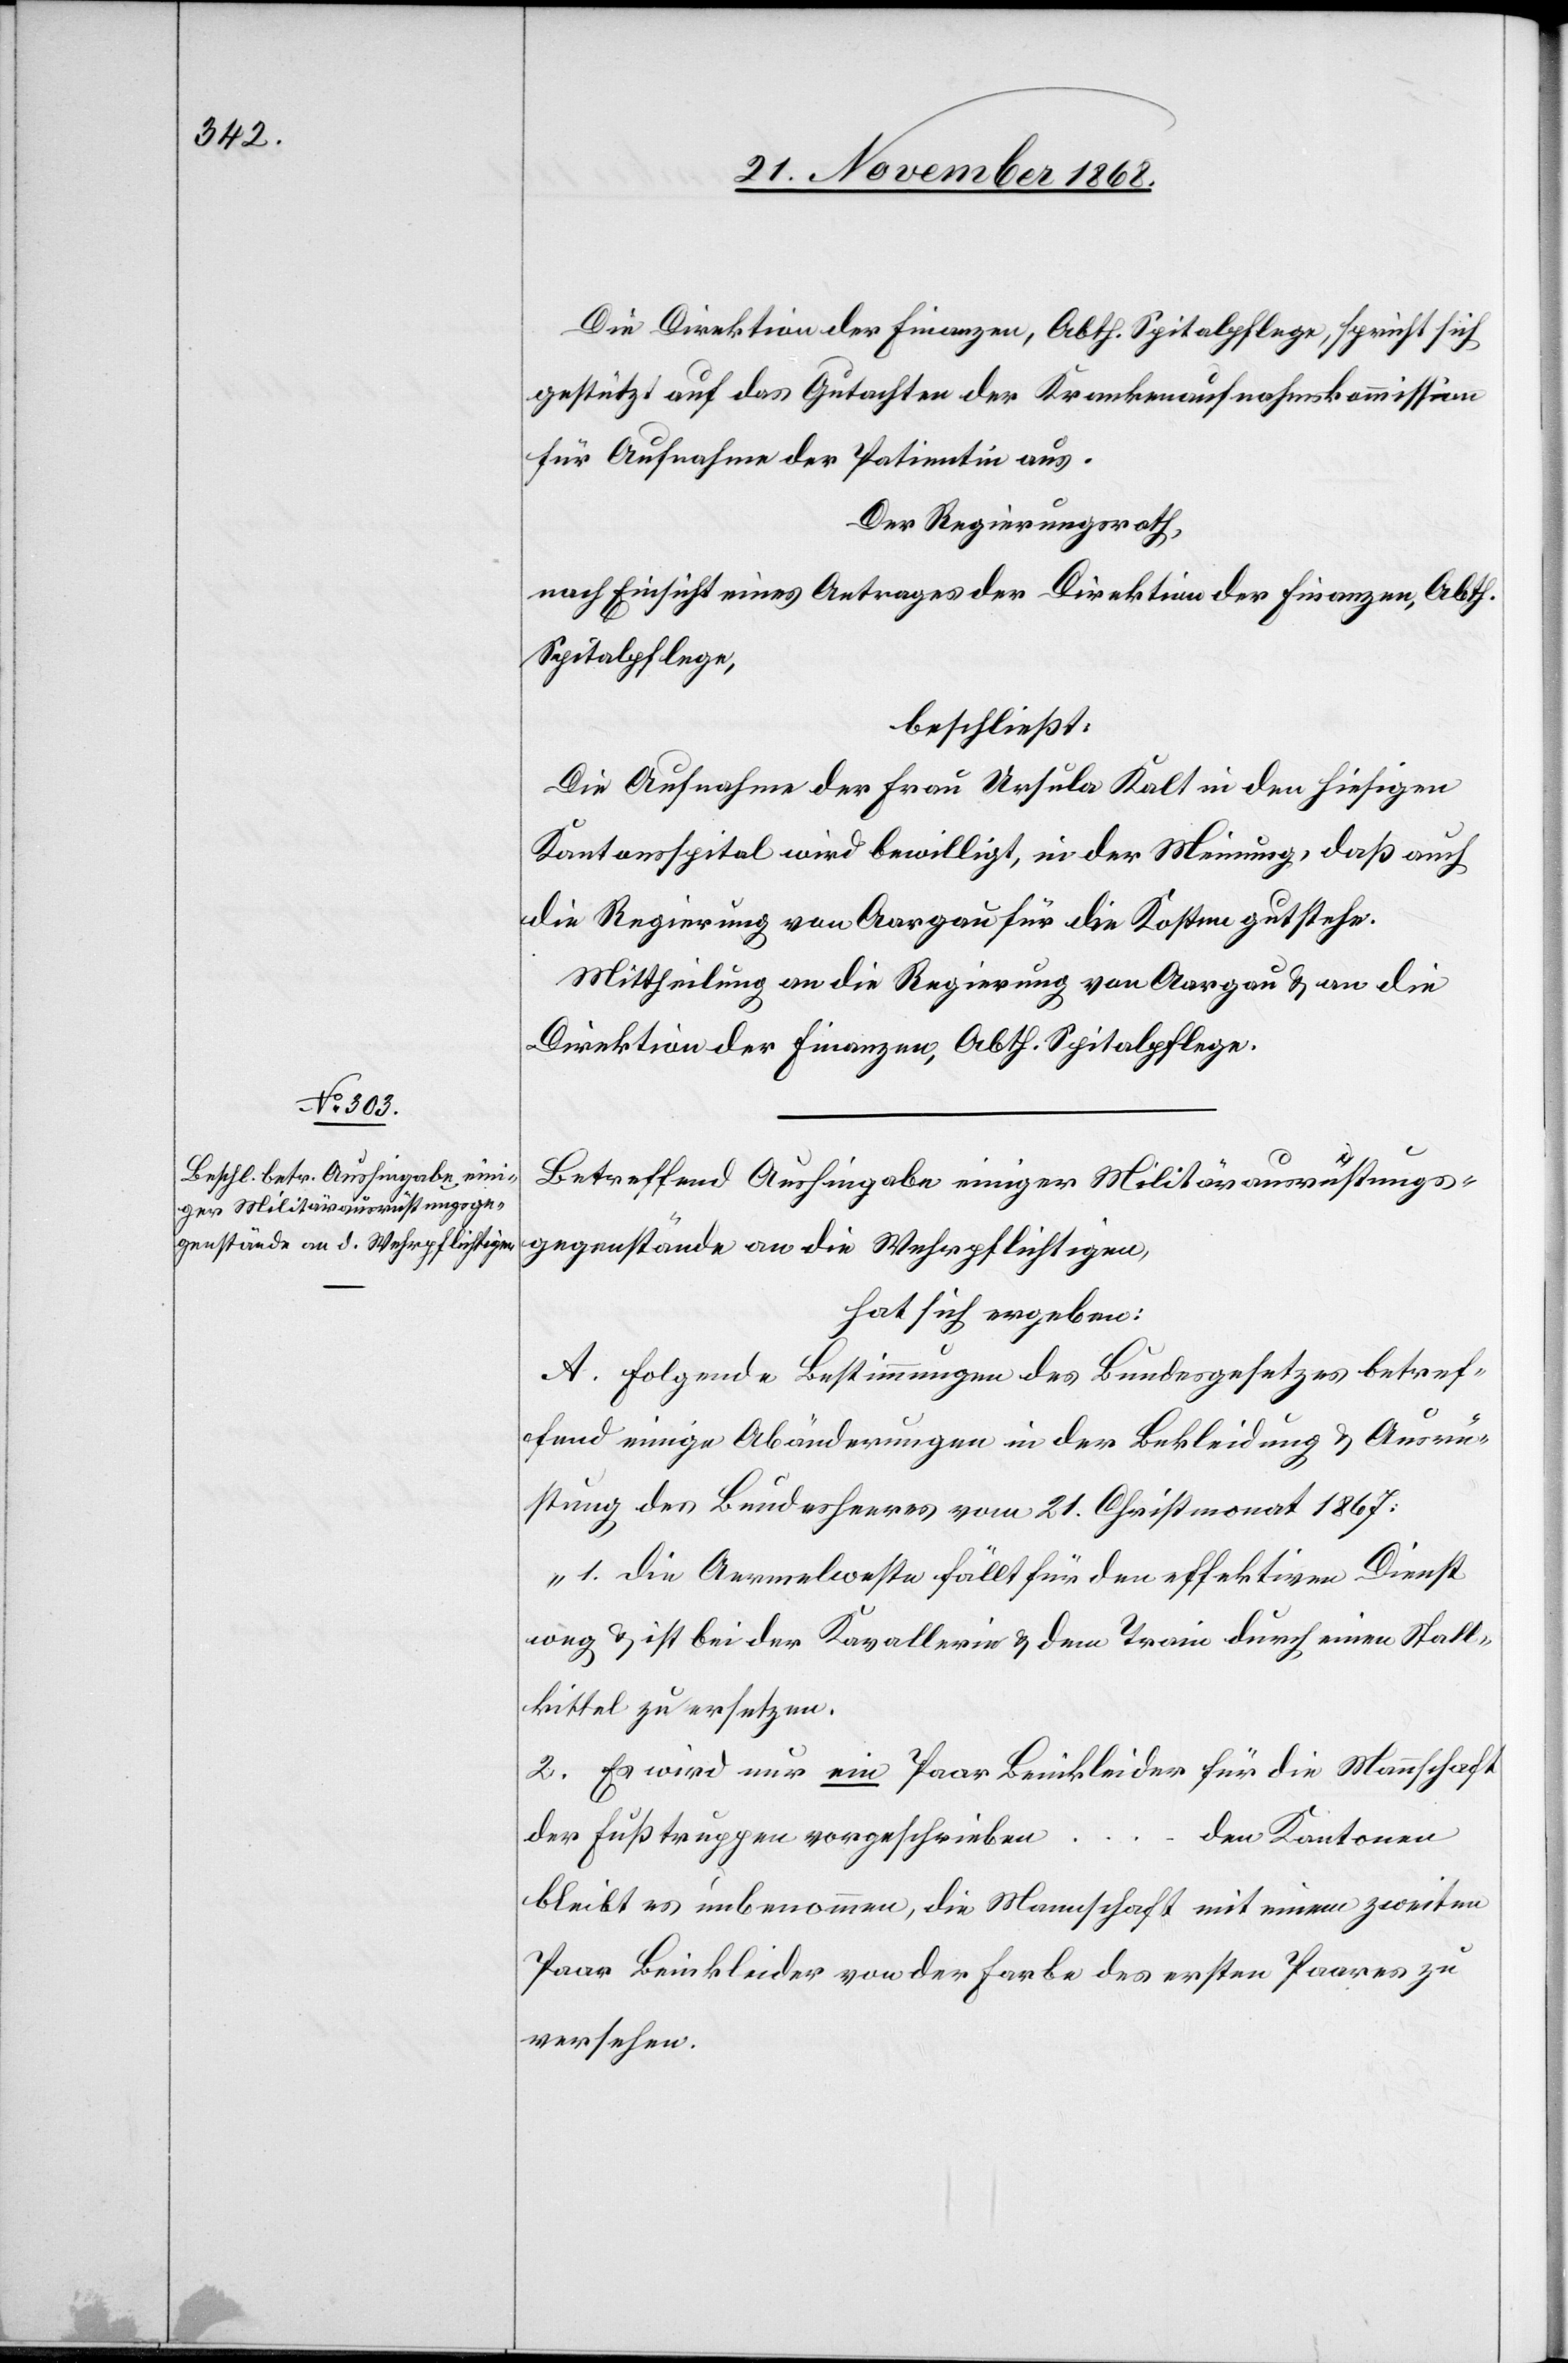
Die Direktion der Finanzen, Abth. Spitalpflege, spricht sich
gestützt auf das Gutachten der Krankenaufnahmskommission
für Aufnahme der Patientin aus.
Der Regierungsrath,
nach Einsicht eines Antrages der Direktion der Finanzen, Abth.
Spitalpflege,
beschließt:
Die Aufnahme der Frau Ursula Kalt in den hiesigen
Kantonsspital wird bewilligt, in der Meinung, daß auch
die Regierung von Aargau für die Kosten gutstehe.
Mittheilung an die Regierung von Aargau & an die
Direktion der Finanzen, Abth. Spitalpflege.
Betreffend Aushingabe einiger Militärausrüstungs¬
gegenstände an die Wehrpflichtigen,
hat sich ergeben:
A. Folgende Bestimmungen des Bundesgesetzes betref¬
fend einige Abänderungen in der Bekleidung & Ausrü¬
stung des Bundesheeres vom 21. Christmonat 1867:
„1. Die Aermelweste fällt für den effektiven Dienst
weg & ist bei der Kavallerie & dem Train durch einen Stall¬
kittel zu ersetzen.
2. Es wird nur ein Paar Beinkleider für die Mannschaft
der Fußtruppen vorgeschrieben …
den Kantonen
bleibt es unbenommen, die Mannschaft mit einem zweiten
Paar Beinkleider von der Farbe des ersten Paares zu
versehen.